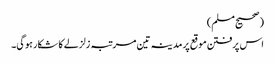
(صحیح مسلم)
اس پرفتن موقع پر مدینہ تین مرتبہ زلزلے کا شکار ہوگی۔